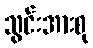
သွင်းအားစု